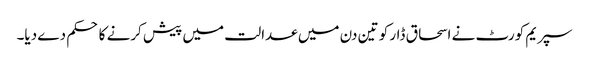
سپریم کورٹ نے اسحاق ڈار کو تین دن میں عدالت میں پیش کرنے کا حکم دے دیا۔